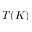
T ( K )